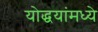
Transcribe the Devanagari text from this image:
योद्धयांमध्ये